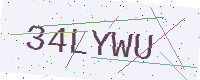
Text: 34LYWU